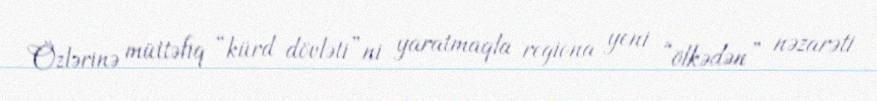
Özlərinə müttəfiq “kürd dövləti”ni yaratmaqla regiona yeni “ölkədən” nəzarəti